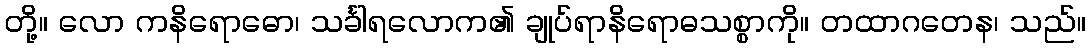
တို့။ လော ကနိရောဓော၊ သင်္ခါရလောက၏ ချုပ်ရာနိရောဓသစ္စာကို။ တထာဂတေန၊ သည်။